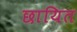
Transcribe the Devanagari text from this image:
छायित